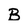
Character: B